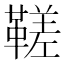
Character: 𩌢